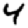
Digit: 4